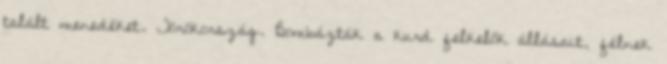
talált menedéket. Törökország. Bombázták a kurd felkelők állásait, félnek